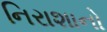
નિરાશાનો